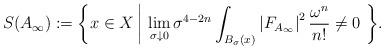
LaTeX: \begin{align*}S(A_\infty):=\biggl\{ x\in X \,\biggr |\, \lim_{\sigma\downarrow0}\sigma^{4-2n}\int_{B_{\sigma}(x)}\left\vert F_{A_\infty}\right\vert^{2}\frac{\omega^n}{n!}\neq 0\ \biggr\}.\end{align*}